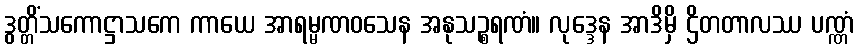
ဒွတ္တိံသကောဋ္ဌာသကေ ကာယေ အာရမ္မဏဝသေန အနုသဉ္စရဏံ။ လုဒ္ဒေန အာဒိမှိ ဌိတတာလဿ ပဏ္ဏံ